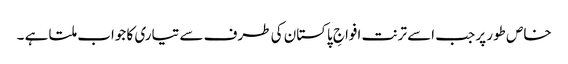
خاص طور پر جب اسے ترنت افواجِ پاکستان کی طرف سے تیاری کا جواب ملتا ہے ۔